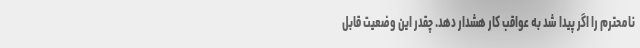
نامحترم را اگر پیدا شد به عواقب کار هشدار دهد. چقدر این وضعیت قابل